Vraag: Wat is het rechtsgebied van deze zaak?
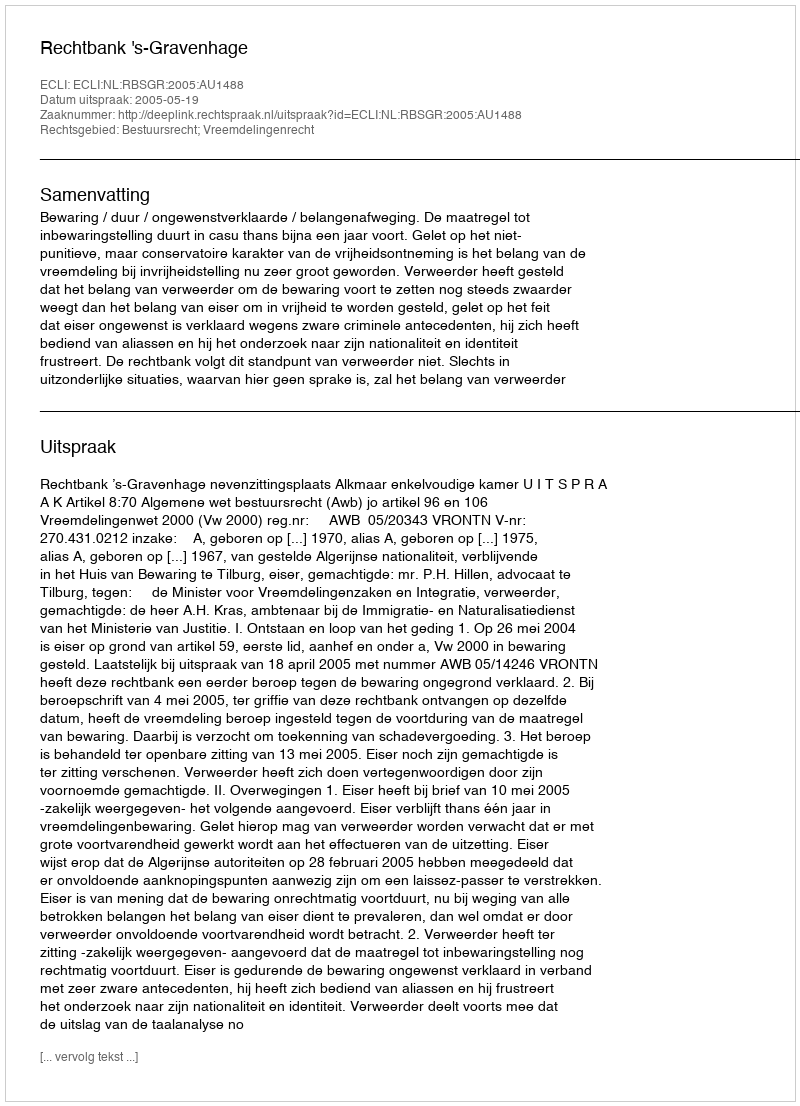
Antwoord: Bestuursrecht; Vreemdelingenrecht